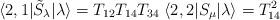
LaTeX: \begin{align*}\langle 2,1|\tilde{S}_{\lambda }|\lambda \rangle =T_{12}T_{14}T_{34}\;\langle 2,2|S_{\mu }|\lambda \rangle =T_{14}^{2}\end{align*}